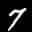
Label: 7